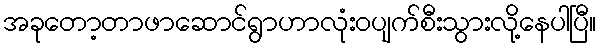
အခုတော့တာဖာဆောင်ရွာဟာလုံးဝပျက်စီးသွားလို့နေပါပြီ။